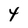
Character: 4